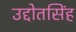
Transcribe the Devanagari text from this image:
उद्दोतसिंह